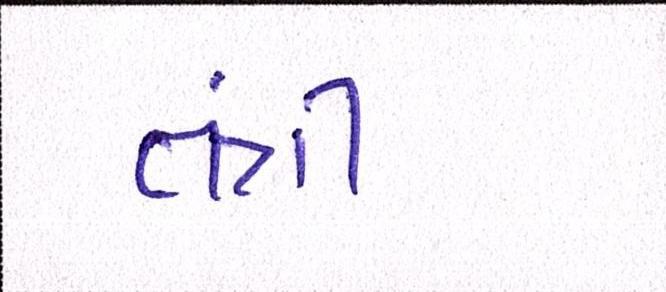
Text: તંત્રી